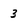
Character: 3